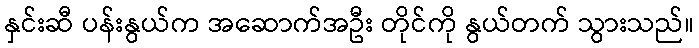
နှင်းဆီ ပန်းနွယ်က အဆောက်အဦး တိုင်ကို နွယ်တက် သွားသည်။